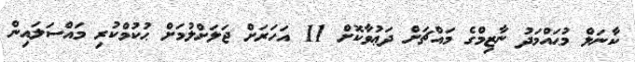
ކާނަލް މުޙައްމަދު ނާޒިމްގެ މައްޗަށް ދަޢުވާކޮށް 11 އަހަރަށް ޖަލަށްލުމަށް ޙުކުމްކުރި މައްސަލައިން